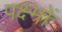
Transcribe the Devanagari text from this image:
पक्ष्मों